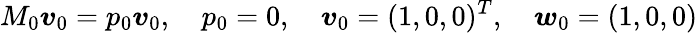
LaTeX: M_{0}\boldsymbol{v}_{0}=p_{0}\boldsymbol{v}_{0},\quad p_{0}=0,\quad\boldsymbol{v}_{0}=(1,0,0)^{T},\quad\boldsymbol{w}_{0}=(1,0,0)